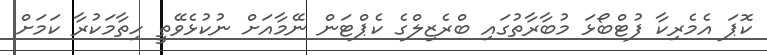
ކޮޕަ އެމެރިކާ ފުޓްބޯޅަ މުބާރާތުގައި ބްރެޒިލްގެ ކެޕްޓަން ނޭމާއަށް ނުކުޅެވޭތީ ހިތާމަކުރާ ކަމަށް